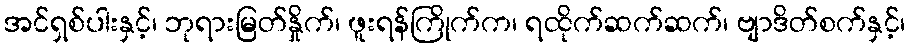
အင်ရှစ်ပါးနှင့်၊ ဘုရားမြတ်နှိုက်၊ ဖူးရန်ကြိုက်က၊ ရထိုက်ဆက်ဆက်၊ ဗျာဒိတ်စက်နှင့်၊